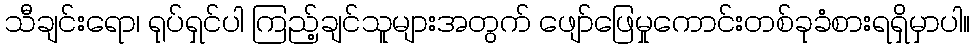
သီချင်းရော၊ ရုပ်ရှင်ပါ ကြည့်ချင်သူများအတွက် ဖျော်ဖြေမှုကောင်းတစ်ခုခံစားရရှိမှာပါ။